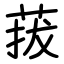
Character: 菝